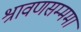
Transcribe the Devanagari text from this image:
श्रावणसम्ममा